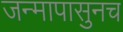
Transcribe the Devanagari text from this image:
जन्मापासुनच